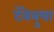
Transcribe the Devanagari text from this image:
टॅबेबुया